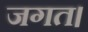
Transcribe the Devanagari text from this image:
जगत।